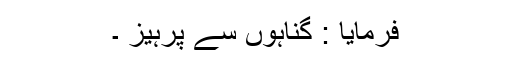
فرمایا : گناہوں سے پرہیز ۔